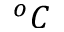
^ o C